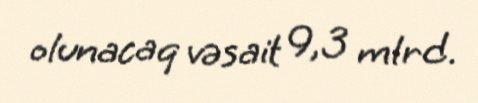
olunacaq vəsait 9,3 mlrd.